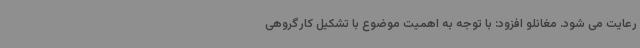
رعایت می شود. مغانلو افزود: با توجه به اهمیت موضوع با تشکیل کارگروهی